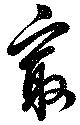
最